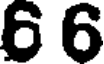
6 6